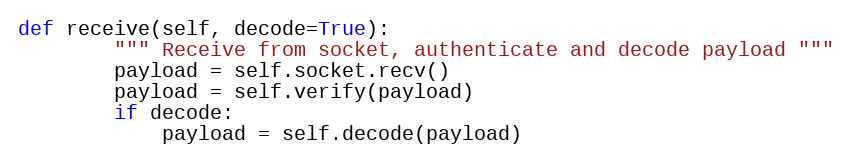
Language: Python
def receive(self, decode=True):
        """ Receive from socket, authenticate and decode payload """
        payload = self.socket.recv()
        payload = self.verify(payload)
        if decode:
            payload = self.decode(payload)